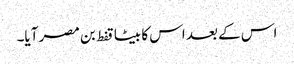
اس کے بعد اس کا بیٹا قفط بن مصر آیا۔